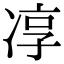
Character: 𭂓